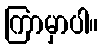
ကြာမှာပါ။